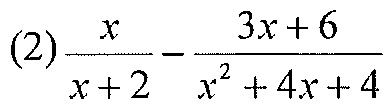
(2)\(\frac{x}{x + 2}-\frac{3x + 6}{x^{2}+4x + 4}\)